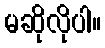
မဆိုလိုပါ။